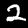
Digit: 2